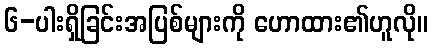
၆-ပါးရှိခြင်းအပြစ်များကို ဟောထား၏ဟူလို။